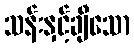
သန်းနှင့်ချီသော